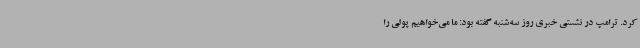
کرد. ترامپ در نشستی خبری روز سه‌شنبه گفته بود: ما می‌خواهیم پولی را